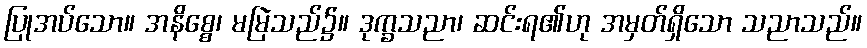
ပြုအပ်သော။ အနိစ္စေ၊ မမြဲသည်၌။ ဒုက္ခသညာ၊ ဆင်းရ၏ဟု အမှတ်ရှိသော သညာသည်။